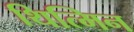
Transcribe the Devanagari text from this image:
थित्मिन